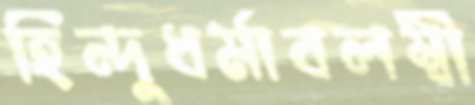
হিন্দুধর্মাবলম্বী